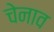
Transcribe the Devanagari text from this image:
चेनाव